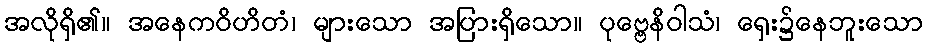
အလိုရှိ၏။ အနေကဝိဟိတံ၊ များသော အပြားရှိသော။ ပုဗ္ဗေနိဝါသံ၊ ရှေး၌နေဘူးသော